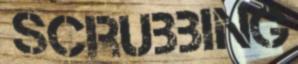
SCRUBBING